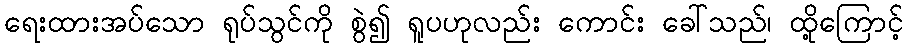
ရေးထားအပ်သော ရုပ်သွင်ကို စွဲ၍ ရူပဟုလည်း ကောင်း ခေါ်သည်၊ ထို့ကြောင့်